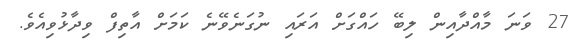
27 ވަނަ މާއްދާއިން ލިބޭ ހައްގަށް އަރައި ނުގަނެވޭނެ ކަމަށް އާތިފް ވިދާޅުވިއެވެ.